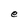
Character: e